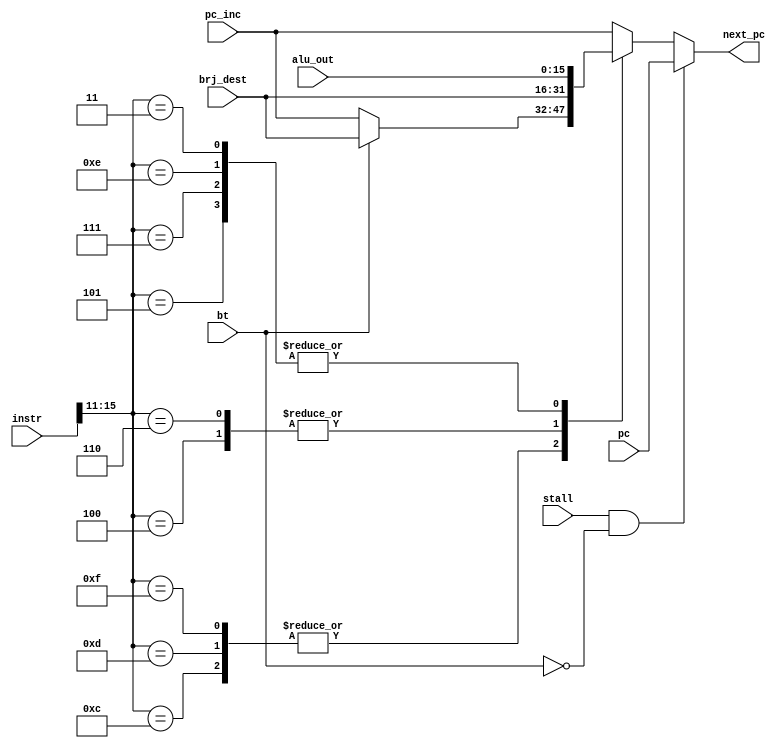
module next_pc_addr (instr, pc_inc, alu_out, brj_dest, bt, stall, next_pc, pc);

   // inputs
   input [15:0] instr;
   input [15:0] pc_inc;
   input [15:0] pc;
   input [15:0] alu_out;
   input [15:0] brj_dest;
   input        bt;
   input        stall;

   // outputs
   output [15:0] next_pc;

   // wires
   wire [4:0]        op;
   reg [15:0] br_pc;

   // assigns
   assign op = instr[15:11];
   
   assign next_pc = (stall & ~bt) ? pc : br_pc; 

   always @ (*) begin
         case (op)
	   5'b01100 : begin	// BEQZ
	      br_pc = (bt == 1'b1) ? brj_dest : pc_inc;
	   end
	   5'b01101 : begin  // BNEZ
	      br_pc = (bt == 1'b1) ? brj_dest : pc_inc;
	   end
	   5'b01111 : begin  // BLTZ
	      br_pc = (bt == 1'b1) ? brj_dest : pc_inc;
	   end
	   5'b00100 : begin  // J
	      br_pc = brj_dest;	
	   end
	   5'b00101 : begin  // JR
	      br_pc = alu_out;
	   end
	   5'b00110 : begin  // JAL
	      br_pc = brj_dest;
	   end
	   5'b00111 : begin  // JALR
	      br_pc = alu_out;
	   end
	   5'b01110 : begin  // RET
	      br_pc = alu_out;
	   end
	   5'b00011 : begin  // RTI
	      br_pc = alu_out;
	   end
	   default : begin
	      br_pc = pc_inc;
	   end
         endcase // case (op)
   end
endmodule